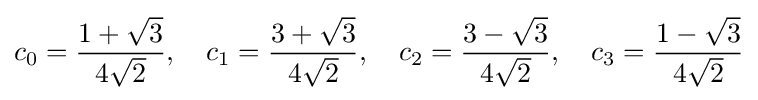
c_{0}={\frac {1+{\sqrt {3}}}{4{\sqrt {2}}}},\quad c_{1}={\frac {3+{\sqrt {3}}}{4{\sqrt {2}}}},\quad c_{2}={\frac {3-{\sqrt {3}}}{4{\sqrt {2}}}},\quad c_{3}={\frac {1-{\sqrt {3}}}{4{\sqrt {2}}}}